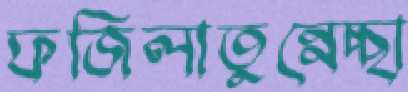
ফজিলাতুন্নেচ্ছা